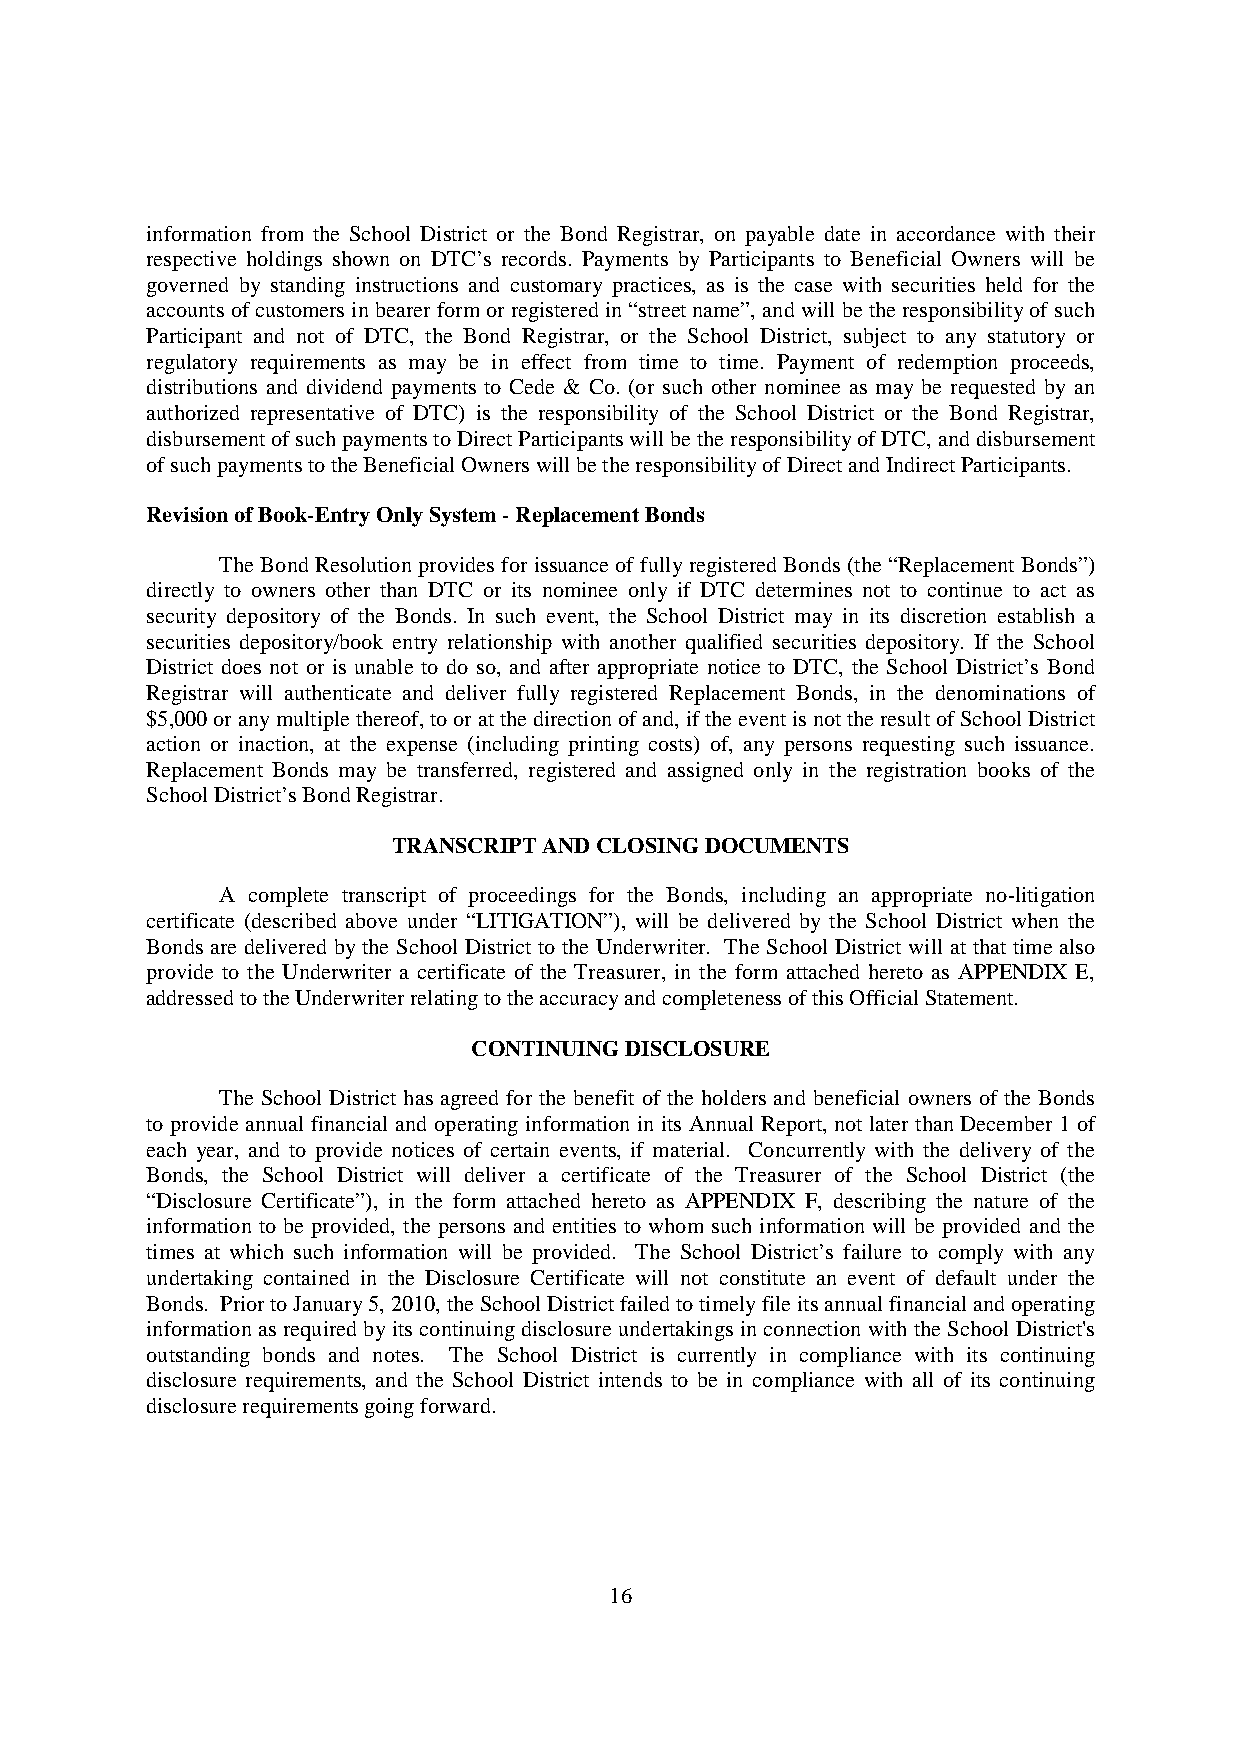
information from the School District or the Bond Registrar, on payable date in accordance with their
 respective holdings shown on DTC’s records. Payments by Participants to Beneficial Owners will be
 governed by standing instructions and customary practices, as is the case with securities held for the
 accounts ofcustomersinbearerformorregisteredin“street name”,andwill betheresponsibilityofsuch
 Participant and not of DTC, the Bond Registrar, or the School District, subject to any statutory or
 regulatory requirements as may be in effect from time to time. Payment of redemption proceeds,
 distributions and dividend payments to Cede & Co. (or such other nominee as may be requested by an
 authorized representative of DTC) is the responsibility of the School District or the Bond Registrar,
 disbursementofsuchpaymentstoDirectParticipantswillbetheresponsibilityofDTC,anddisbursement
 ofsuchpaymentstotheBeneficialOwnerswillbetheresponsibilityofDirectandIndirectParticipants.
 RevisionofBook-EntryOnlySystem-ReplacementBonds
 The Bond Resolution provides for issuance of fullyregistered Bonds (the “ReplacementBonds”)
 directly to owners other than DTC or its nominee only if DTC determines not to continue to act as
 security depository of the Bonds. In such event, the School District may in its discretion establish a
 securities depository/book entry relationship with another qualified securities depository. If the School
 District does not or is unable to do so, and after appropriate notice to DTC, the School District’s Bond
 Registrar will authenticate and deliver fully registered Replacement Bonds, in the denominations of
 $5,000oranymultiplethereof,tooratthedirectionofand,iftheeventisnottheresultofSchoolDistrict
 action or inaction, at the expense (including printing costs) of, any persons requesting such issuance.
 Replacement Bonds may be transferred, registered and assigned only in the registration books of the
 SchoolDistrict’sBondRegistrar.
 TRANSCRIPTANDCLOSINGDOCUMENTS
 A complete transcript of proceedings for the Bonds, including an appropriate no-litigation
 certificate (described above under “LITIGATION”), will be delivered by the School District when the
 Bonds are delivered bythe School District to the Underwriter. The School District will at that time also
 provide to the Underwriter a certificate of the Treasurer, in the form attached hereto as APPENDIX E,
 addressedtotheUnderwriterrelatingtotheaccuracyandcompletenessofthisOfficialStatement.
 CONTINUINGDISCLOSURE
 The School District has agreed for the benefit of the holders and beneficial owners of the Bonds
 to provide annual financial and operating information in its Annual Report, not later than December 1 of
 each year, and to provide notices of certain events, if material. Concurrently with the delivery of the
 Bonds, the School District will deliver a certificate of the Treasurer of the School District (the
 “Disclosure Certificate”), in the form attached hereto as APPENDIX F, describing the nature of the
 information to be provided, the persons and entities to whom such information will be provided and the
 times at which such information will be provided. The School District’s failure to comply with any
 undertaking contained in the Disclosure Certificate will not constitute an event of default under the
 Bonds. PriortoJanuary5,2010,theSchoolDistrictfailedtotimelyfileitsannualfinancialandoperating
 information as required byitscontinuingdisclosure undertakings in connection withthe School District's
 outstanding bonds and notes. The School District is currently in compliance with its continuing
 disclosure requirements, and the School District intends to be in compliance with all of its continuing
 disclosurerequirementsgoingforward.
 16